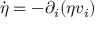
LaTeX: \dot { \eta } = - \partial _ { i } ( \eta v _ { i } )